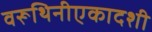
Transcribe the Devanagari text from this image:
वरूथिनीएकादशी